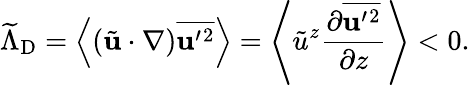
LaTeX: \widetilde{\Lambda}_{\mathrm{{D}}}=\left\langle{(\tilde{\mathbf{u}}\cdot\nabla)\overline{{{\mathbf{u}}^{\prime}{}^{2}}}}\right\rangle=\left\langle{\tilde{u}}^{z}\frac{\partial\overline{{{\mathbf{u}}^{\prime}{}^{2}}}}{\partial z}\right\rangle<0.